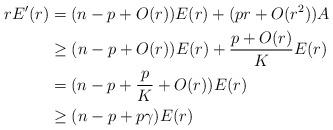
LaTeX: \begin{align*}rE'(r)&=(n-p+O(r))E(r)+(pr+O(r^2))A\\&\geq (n-p+O(r))E(r)+\frac{p+O(r)}{K}E(r)\\&=(n-p+\frac{p}{K}+O(r))E(r)\\&\geq (n-p+p\gamma)E(r)\end{align*}